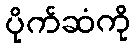
ပိုက်ဆံကို